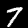
Digit: 7